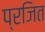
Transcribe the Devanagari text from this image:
प्रजित